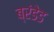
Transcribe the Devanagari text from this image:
ब्रंडेड